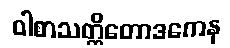
ဝါစာသတ္တိတောဒကေန